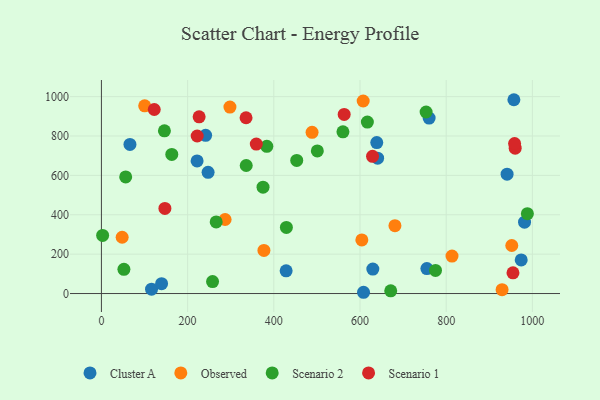
{"axis": {"x": "Price", "y": "Fuel Efficiency"}, "legend": ["Cluster A", "Observed", "Scenario 1", "Scenario 2"], "data": [{"x": "974.1", "y": 170.6, "type": "Cluster A"}, {"x": "608.2", "y": 6.4, "type": "Cluster A"}, {"x": "629.8", "y": 124.1, "type": "Cluster A"}, {"x": "957.1", "y": 984.2, "type": "Cluster A"}, {"x": "640.9", "y": 687.6, "type": "Cluster A"}, {"x": "638.9", "y": 766.6, "type": "Cluster A"}, {"x": "941.3", "y": 606.2, "type": "Cluster A"}, {"x": "981.8", "y": 362.6, "type": "Cluster A"}, {"x": "428.6", "y": 115.3, "type": "Cluster A"}, {"x": "755.2", "y": 126.7, "type": "Cluster A"}, {"x": "116.3", "y": 22.3, "type": "Cluster A"}, {"x": "760.4", "y": 891.0, "type": "Cluster A"}, {"x": "247.5", "y": 615.4, "type": "Cluster A"}, {"x": "139.6", "y": 50.1, "type": "Cluster A"}, {"x": "66.2", "y": 757.4, "type": "Cluster A"}, {"x": "241.8", "y": 803.4, "type": "Cluster A"}, {"x": "222.0", "y": 673.3, "type": "Cluster A"}, {"x": "929.7", "y": 19.7, "type": "Observed"}, {"x": "952.2", "y": 243.9, "type": "Observed"}, {"x": "604.3", "y": 272.1, "type": "Observed"}, {"x": "681.1", "y": 344.6, "type": "Observed"}, {"x": "287.0", "y": 376.0, "type": "Observed"}, {"x": "813.5", "y": 190.2, "type": "Observed"}, {"x": "48.1", "y": 285.9, "type": "Observed"}, {"x": "100.4", "y": 953.1, "type": "Observed"}, {"x": "377.1", "y": 218.7, "type": "Observed"}, {"x": "298.2", "y": 946.8, "type": "Observed"}, {"x": "607.4", "y": 977.8, "type": "Observed"}, {"x": "488.8", "y": 818.9, "type": "Observed"}, {"x": "429.2", "y": 335.6, "type": "Scenario 2"}, {"x": "988.4", "y": 405.6, "type": "Scenario 2"}, {"x": "375.0", "y": 540.3, "type": "Scenario 2"}, {"x": "383.8", "y": 747.5, "type": "Scenario 2"}, {"x": "671.3", "y": 13.6, "type": "Scenario 2"}, {"x": "163.3", "y": 706.5, "type": "Scenario 2"}, {"x": "775.2", "y": 117.2, "type": "Scenario 2"}, {"x": "56.3", "y": 592.4, "type": "Scenario 2"}, {"x": "2.8", "y": 295.1, "type": "Scenario 2"}, {"x": "501.0", "y": 724.2, "type": "Scenario 2"}, {"x": "560.4", "y": 821.3, "type": "Scenario 2"}, {"x": "753.4", "y": 921.9, "type": "Scenario 2"}, {"x": "146.2", "y": 826.3, "type": "Scenario 2"}, {"x": "257.9", "y": 60.6, "type": "Scenario 2"}, {"x": "52.2", "y": 122.9, "type": "Scenario 2"}, {"x": "453.2", "y": 676.2, "type": "Scenario 2"}, {"x": "617.1", "y": 870.9, "type": "Scenario 2"}, {"x": "266.3", "y": 363.7, "type": "Scenario 2"}, {"x": "336.0", "y": 650.3, "type": "Scenario 2"}, {"x": "563.3", "y": 909.6, "type": "Scenario 1"}, {"x": "960.1", "y": 738.0, "type": "Scenario 1"}, {"x": "122.6", "y": 934.5, "type": "Scenario 1"}, {"x": "222.2", "y": 799.9, "type": "Scenario 1"}, {"x": "147.3", "y": 432.4, "type": "Scenario 1"}, {"x": "629.1", "y": 696.7, "type": "Scenario 1"}, {"x": "359.4", "y": 759.2, "type": "Scenario 1"}, {"x": "958.7", "y": 762.0, "type": "Scenario 1"}, {"x": "335.6", "y": 892.7, "type": "Scenario 1"}, {"x": "955.0", "y": 105.0, "type": "Scenario 1"}, {"x": "226.7", "y": 897.6, "type": "Scenario 1"}]}